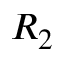
R _ { 2 }